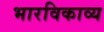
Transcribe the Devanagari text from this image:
भारविकाव्य